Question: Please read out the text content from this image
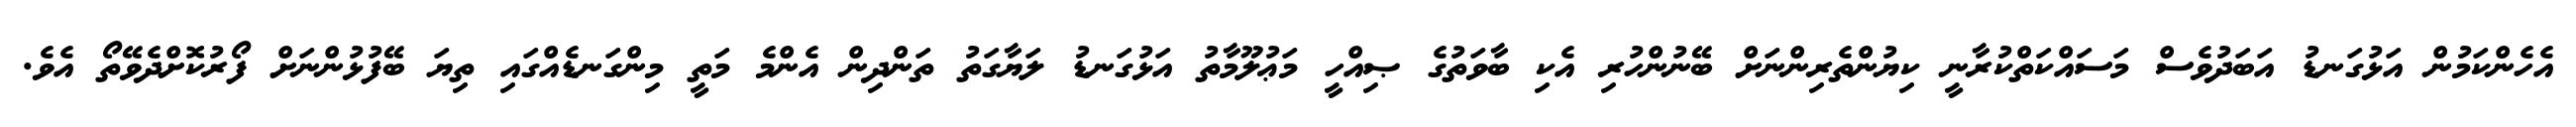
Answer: އެހެންކަމުން އަޅުގަނޑު އަބަދުވެސް މަސައްކަތްކުރާނީ ކިޔުންތެރިންނަށް ބޭނުންހުރި އެކި ބާވަތުގެ ޞިއްހީ މަޢުލޫމާތު އަޅުގަނޑު ލަޔާގަތު ތަންދިން އެންމެ މަތީ މިންގަނޑެއްގައި ތިޔަ ބޭފުޅުންނަށް ފޯރުކޮށްދެވޭތޯ އެވެ.